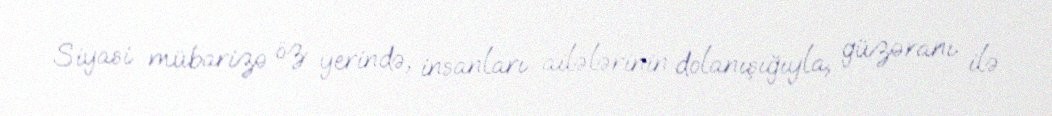
Siyasi mübarizə öz yerində, insanları ailələrinin dolanışığıyla, güzəranı ilə